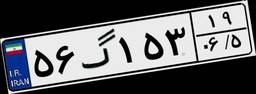
۲۳گ۵۰۲۴۲